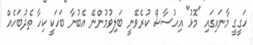
ހަގީގީ މާނައިގައި "މޮޅު" އިހުސާސް ކުރެވޭނީ ބަލިވުމުންނޭ އެބުނާ ބަހަކީ ކިހާ ތެދުބަހެއް